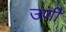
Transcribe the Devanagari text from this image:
उणीं